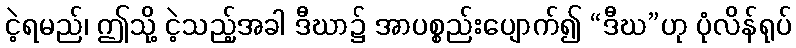
ငဲ့ရမည်၊ ဤသို့ ငဲ့သည့်အခါ ဒီဃာ၌ အာပစ္စည်းပျောက်၍ “ဒီဃ”ဟု ပုံလိန်ရုပ်